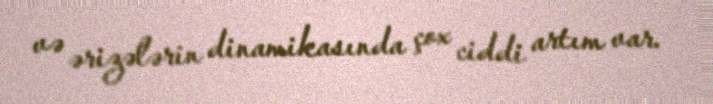
və ərizələrin dinamikasında çox ciddi artım var.